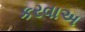
કરવાઅ